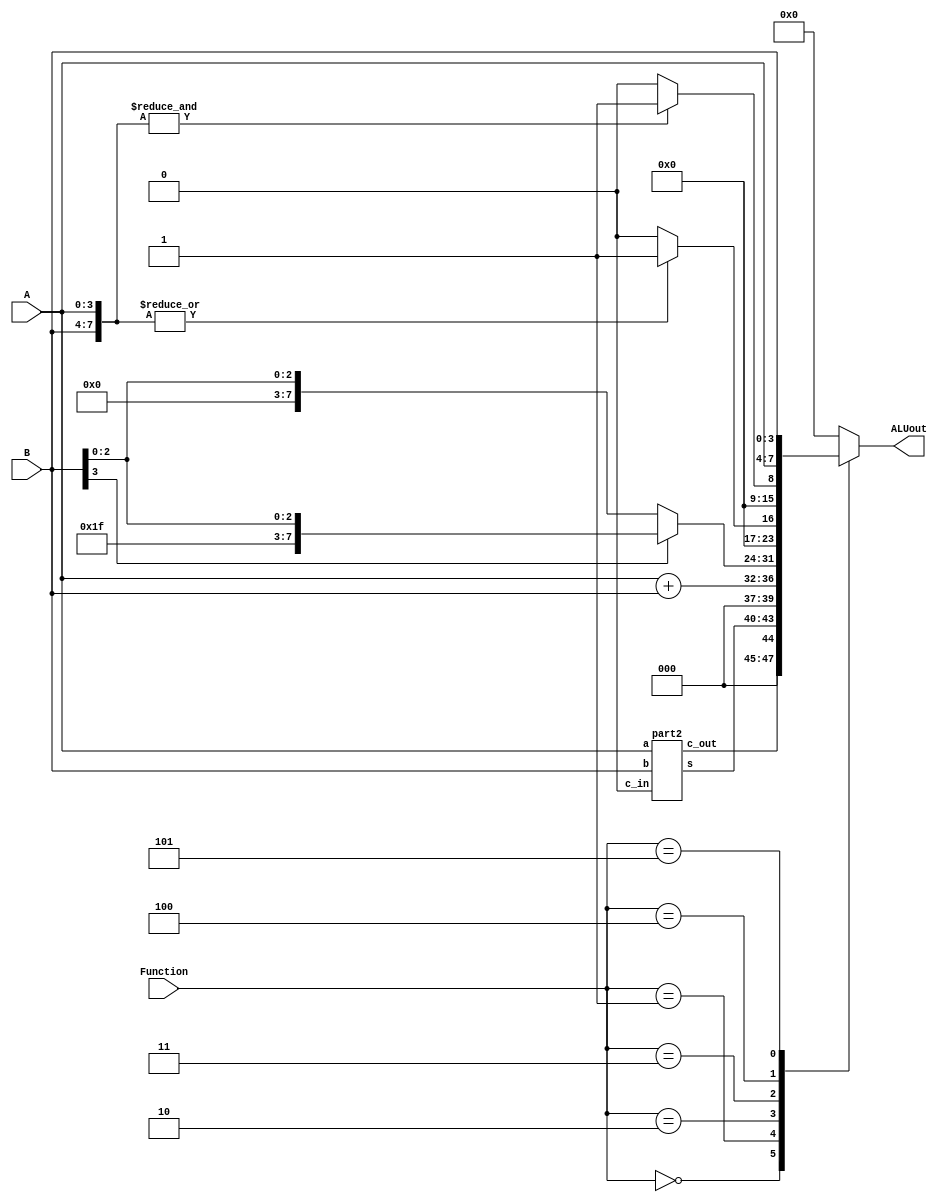
`timescale 1ns / 1ns // `timescale time_unit/time_precision

module part3(A, B, Function, ALUout);
	input [3:0] A;
	input [3:0] B;
	input [2:0] Function;
	output reg [7:0] ALUout;
	wire [4:0] sum;
	part2 u0 (.a(A), .b(B), .c_in(1'b0), .c_out(sum[4]), .s(sum[3:0]));
		always @(*)
			begin
				case (Function[2:0]) // start case statement
					3'b000: ALUout = {3'b000, sum};
							//A + B using the adder from Part II of this Lab
					3'b001: ALUout = A + B;//A + B using the Verilog + operator
					3'b010: if (B[3] == 1'b0)
								ALUout = {4'b0000, B};
							else
								ALUout = {4'b1111, B};
							//Sign extension of B to 8 bits // textbook page 167
					3'b011: if (|{A,B} == 1)
								ALUout = 8'b00000001;
							else
								ALUout = 8'b00000000;
								//Output 8b00000001 if at least 1 of the 8 bits in the two inputs is 1 using a single OR operation
					3'b100: if (&{A, B} == 1)
								ALUout = 8'b00000001;
							else
								ALUout = 8'b00000000;
								//Output 8b00000001 if all of the 8 bits in the two inputs are 1 using a single AND operation
					3'b101: ALUout = {A, B};//Display A in the most significant four bits and B in the lower four bits
					default: ALUout = 8'b00000000;// default case
				endcase
			end
endmodule

module part2(a, b, c_in, s, c_out);
    input [3:0] a;
	input [3:0] b;
    input c_in;
    output c_out;
	output [3:0] s;
    wire c1, c2, c3;

    fulladder u0(a[0], b[0], c_in, s[0], c1);
	fulladder u1(a[1], b[1], c1, s[1], c2);
	fulladder u2(a[2], b[2], c2, s[2], c3);
	fulladder u3(a[3], b[3], c3, s[3], c_out);

endmodule

module fulladder(a,b,c_in,sum,c_out);
	input a,b,c_in;
    output c_out, sum;

	assign c_out = a * b + c_in * a + c_in * b;
	assign sum = c_in ^ a ^ b;
endmodule